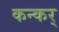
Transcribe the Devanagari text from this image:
कन्कर्